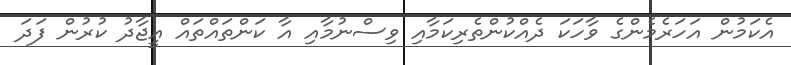
އެކަމުން އަހަރެމެންގެ ވާހަކަ ދެއްކުންތެރިކަމާއި ވިސްނުމާއި އާ ކަންތައްތައް އީޖާދު ކުރުން ފަދަ